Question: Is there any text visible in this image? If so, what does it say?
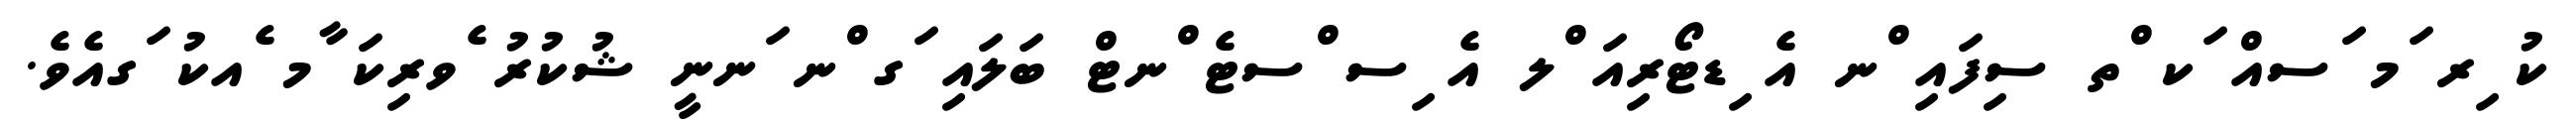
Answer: ކު ިރ ަމ ަސއް ަކ ްތ ސިފައި ްނ އެ ިޑޓޯރިއަ ްލ އެ ިސ ްސޓެ ްނޓް ބަލައި ަގ ްނ ަނނީ ޝުކުރު ެވރިކަ ާމ ެއކު ަގއެވެ.